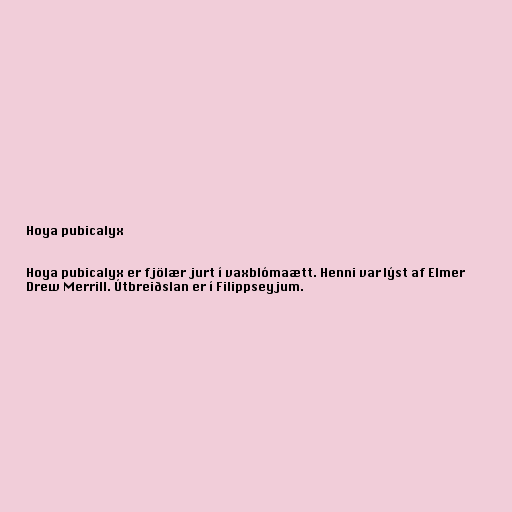
Hoya pubicalyx

Hoya pubicalyx er fjölær jurt í vaxblómaætt. Henni var lýst af Elmer
Drew Merrill. Útbreiðslan er í Filippseyjum.